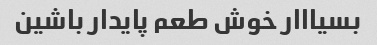
بسیااار خوش طعم پایدار باشین